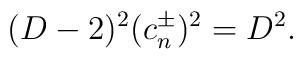
(D-2)^{2} (c_{n}^{\pm})^{2}=D^{2}.